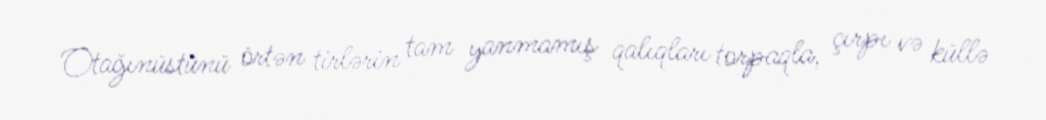
Otağınüstünü örtən tirlərin tam yanmamış qalıqları torpaqla, çırpı və küllə